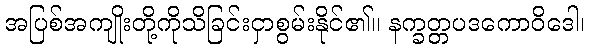
အပြစ်အကျိုးတို့ကိုသိခြင်းငှာစွမ်းနိုင်၏။ နက္ခတ္တပဒကောဝိဒေါ၊